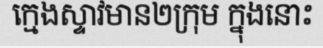
ក្មេងស្ទាវមាន២ក្រុម ក្នុងនោះ